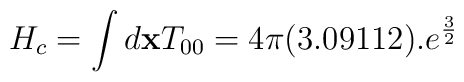
H_c = \int d{\bf x}  T_{00} =  4\pi (3.09112).e^{\frac{3}{2}}